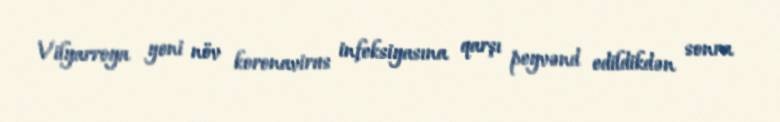
Vilyarroya yeni növ koronavirus infeksiyasına qarşı peyvənd edildikdən sonra